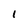
Character: 1